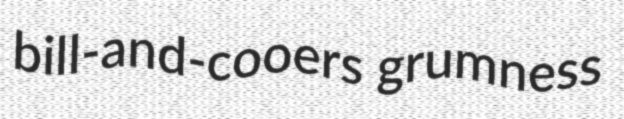
bill-and-cooers grumness